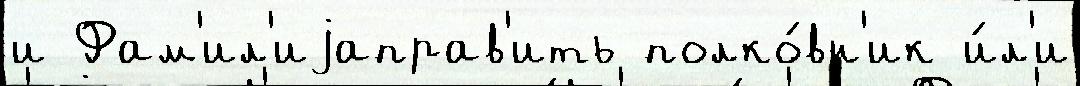
и Фам'ил'иjаправ'ить полко́вн'ик и́л'и